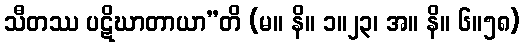
သီတဿ ပဋိဃာတာယာ”တိ (မ။ နိ။ ၁။၂၃၊ အ။ နိ။ ၆။၅၈)